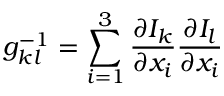
g _ { k l } ^ { - 1 } = \sum _ { i = 1 } ^ { 3 } \frac { \partial I _ { k } } { \partial x _ { i } } \frac { \partial I _ { l } } { \partial x _ { i } }